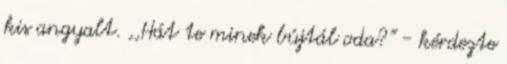
kis angyalt. ,,Hát te minek bújtál oda?" - kérdezte